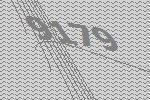
9179